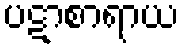
ပဋာစာရာယ